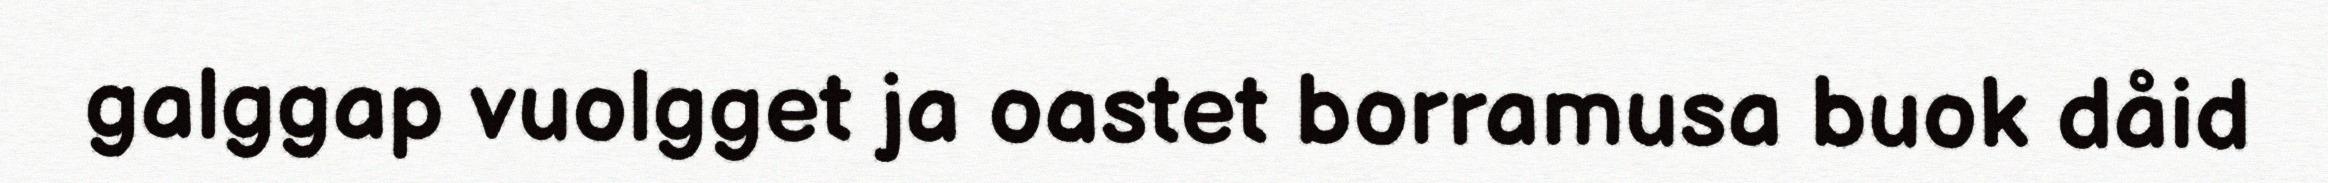
galggap vuolgget ja oastet borramusa buok dåid